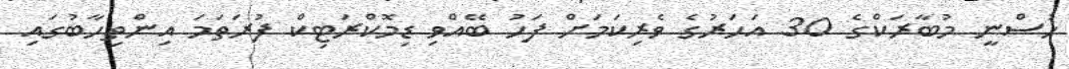
ހުސްނީ މުބާރަކްގެ 30 އަހަރުގެ ވެރިކަމަށް ފަހު ބޭއްވި ޑިމޮކްރަޓިކް ފުރަތަމަ އިންތިހާބުގައި